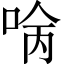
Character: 𠴠